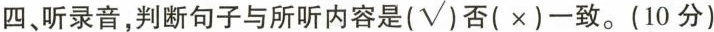
四、听录音,判断句子与所听内容是(√)否(×)一致。(10分)